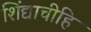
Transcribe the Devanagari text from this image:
शिंद्याचीहि